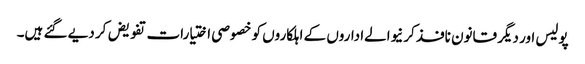
پولیس اور دیگر قانون نافذ کرنیوالےاداروں کے اہلکاروں کو خصوصی اختیارات تفویض کر دیے گئے ہیں۔